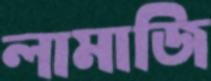
লামাজি